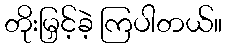
တိုးမြှင့်ခဲ့ ကြပါတယ်။